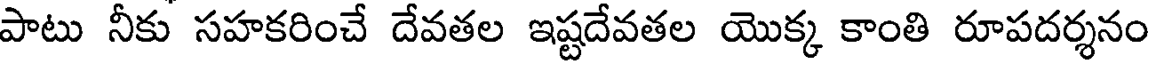
పాటు నీకు సహకరించే దేవతల ఇష్టదేవతల యొక్క కాంతి రూపదర్శనం